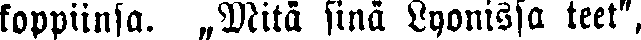
koppiinsa. „Mitä sinä Lyonissa teet",